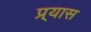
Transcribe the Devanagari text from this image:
प्र्यास